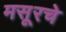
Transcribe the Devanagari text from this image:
मसूरचे